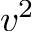
v ^ { 2 }